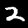
Label: 2